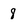
Character: 8